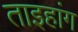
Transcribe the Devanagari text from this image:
ताइहांग